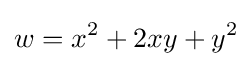
w=x^{2}+2xy+y^{2}